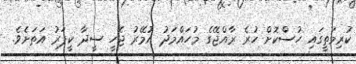
ކުރިމަތީގައި ހުސްކޮށް ހުރެ ރާއްޖޭގެ މުހައްމަދު އުމޭރު ޖެހީ ސީދާ ކީޕަރު އަތަށެވެ.